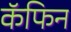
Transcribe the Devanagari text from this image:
कॅफिन